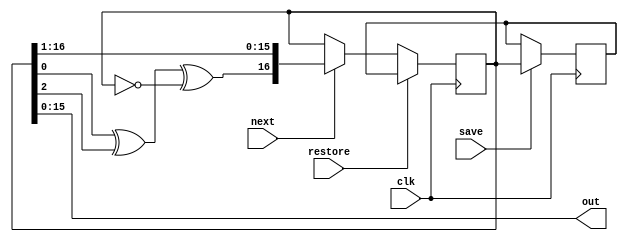
module rnd_vec_gen
(
	input         clk,
	input         save,restore,next, // strobes for required events: positive, one clock cycle long
	output [15:0] out
);

assign out = lfsr[15:0];

reg [16:0] lfsr, saved; 

always @(posedge clk) begin
	if( next )    lfsr  <= {(lfsr[0] ^ lfsr[2] ^ !lfsr), lfsr[16:1]}; 
	if( save )    saved <= lfsr;
	if( restore ) lfsr  <= saved;
end

endmodule